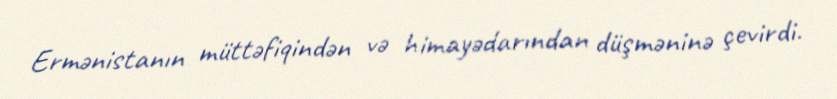
Ermənistanın müttəfiqindən və himayədarından düşməninə çevirdi.